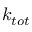
k _ { t o t }